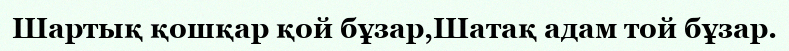
Шартық қошқар қой бұзар,Шатақ адам той бұзар.